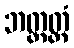
ဘတ္တတ္တံ